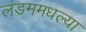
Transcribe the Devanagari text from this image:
लंडममधल्या